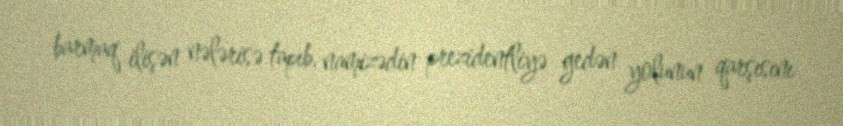
barmaq ilişən nələrisə tapıb, namizədin prezidentliyə gedən yolunun qarşısını